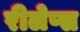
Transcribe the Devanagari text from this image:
रीलेप्स